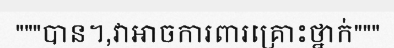
"""បាន។,វាអាចការពារគ្រោះថ្នាក់"""